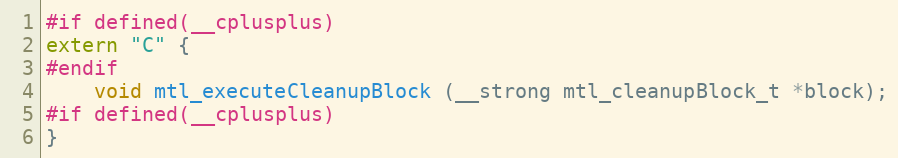
Language: C
#if defined(__cplusplus)
extern "C" {
#endif
    void mtl_executeCleanupBlock (__strong mtl_cleanupBlock_t *block);
#if defined(__cplusplus)
}